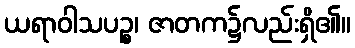
ယရာဝါသပဉ္စ၊ ဇာတက၌လည်းရှိ၏။